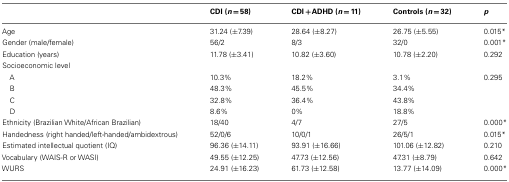
<table><thead><tr><td></td><td><b>CDI (<i>n</i> = 58)</b></td><td><b>CDI + ADHD (<i>n</i> = 11)</b></td><td><b>Controls (<i>n</i> = 32)</b></td><td><b><i>p</i></b></td></tr></thead><tbody><tr><td>Age</td><td>31.24 (±7.39)</td><td>28.64 (±8.27)</td><td>26.75 (±5.55)</td><td>0.015*</td></tr><tr><td>Gender (male/female)</td><td>56/2</td><td>8/3</td><td>32/0</td><td>0.001*</td></tr><tr><td>Education (years)</td><td>11.78 (±3.41)</td><td>10.82 (±3.60)</td><td>10.78 (±2.20)</td><td>0.292</td></tr><tr><td>Socioeconomic level</td></tr><tr><td> A</td><td>10.3%</td><td>18.2%</td><td>3.1%</td><td>0.295</td></tr><tr><td> B</td><td>48.3%</td><td>45.5%</td><td>34.4%</td><td></td></tr><tr><td> C</td><td>32.8%</td><td>36.4%</td><td>43.8%</td><td></td></tr><tr><td> D</td><td>8.6%</td><td>0%</td><td>18.8%</td><td></td></tr><tr><td>Ethnicity (Brazilian White/African Brazilian)</td><td>18/40</td><td>4/7</td><td>27/5</td><td>0.000*</td></tr><tr><td>Handedness (right handed/left-handed/ambidextrous)</td><td>52/0/6</td><td>10/0/1</td><td>26/5/1</td><td>0.015*</td></tr><tr><td>Estimated intellectual quotient (IQ)</td><td>96.36 (±14.11)</td><td>93.91 (±16.66)</td><td>101.06 (±12.82)</td><td>0.210</td></tr><tr><td>Vocabulary (WAIS-R or WASI)</td><td>49.55 (±12.25)</td><td>47.73 (±12.56)</td><td>47.31 (±8.79)</td><td>0.642</td></tr><tr><td>WURS</td><td>24.91 (±16.23)</td><td>61.73 (±12.58)</td><td>13.77 (±14.09)</td><td>0.000*</td></tr></tbody></table>